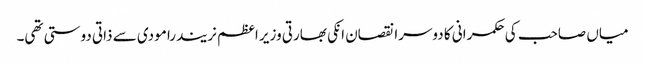
میاں صاحب کی حکمرانی کا دوسرا نقصان انکی بھارتی وزیر اعظم نریندرا مودی سے ذاتی دوستی تھی۔